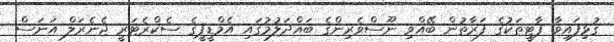
ގުޅިފައިވާ ޕާޓީތަކުގެ ފަރާތުން ބޭއްވި ނޫސްވެރިންގެ ބައްދަލުމުގައި އެމްޑީޕީގެ ސެކްރެޓަރީ ޖެނެރަލް އަނަސް